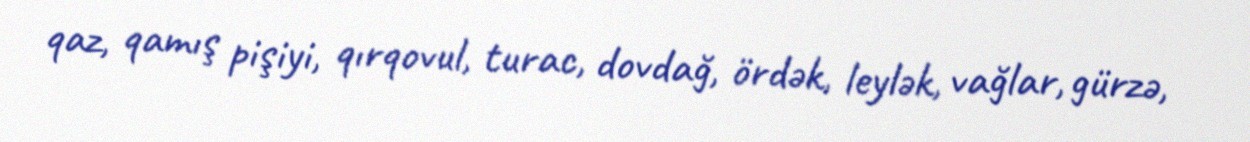
qaz, qamış pişiyi, qırqovul, turac, dovdağ, ördək, leylək, vağlar, gürzə,